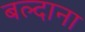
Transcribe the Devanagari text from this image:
बल्दाना